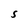
Character: S